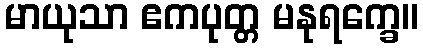
မာယုသာ ဧကပုတ္တ မနုရက္ခေ။